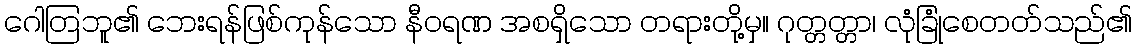
ဂေါတြဘူ၏ ဘေးရန်ဖြစ်ကုန်သော နီဝရဏ အစရှိသော တရားတို့မှ။ ဂုတ္တတ္တာ၊ လုံခြုံစေတတ်သည်၏